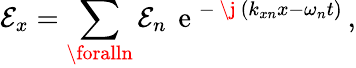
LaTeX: \mathcal{E}_{x}=\displaystyle\sum_{\foralln}\mathcal{E}_{n}\, \mathrm{{~e~}}^{-\mathrm{{~\j~}}(k_{xn}x-\omega_{n}t)}\, ,